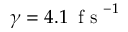
\gamma = 4 . 1 \, \mathrm { ~ f ~ s ~ } ^ { - 1 }